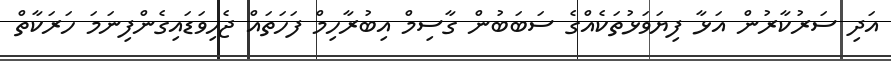
އަދި ސަރުކާރުން އަޅާ ފިޔަވަޅުތަކެއްގެ ސަބަބުން ގާސިމް އިބުރާހިމް ފަހަތައް ޖެހިވަޑައިގެންފިނަމަ ހަރަކާތް